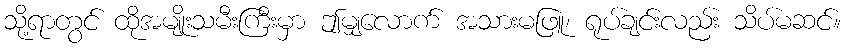
သို့ရာတွင် ထိုအမျိုးသမီးကြီးမှာ ဤမျှလောက် အသားမဖြူ၊ ရုပ်ချင်းလည်း သိပ်မဆင်။